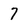
Character: 7